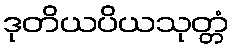
ဒုတိယပိယသုတ္တံ